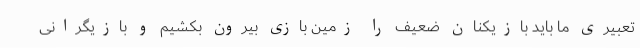
تعبیری ما باید بازیکنان ضعیف را زمین بازی بیرون بکشیم و بازیگرانی